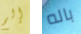
إلم باله